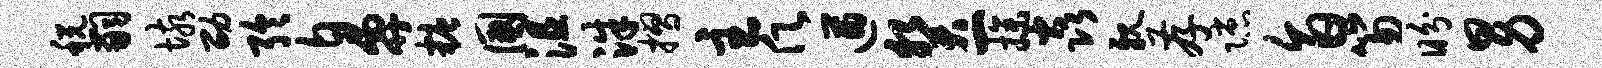
税嗣垓劭聆鼻糖国沮洙摺主愿遒癸一操焱亲存隙旨笏盼男